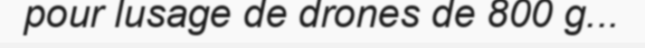
pour lusage de drones de 800 g...